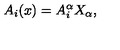
A _ { i } ( x ) = A _ { i } ^ { \alpha } X _ { \alpha } ,